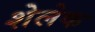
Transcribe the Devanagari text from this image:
शेलेक